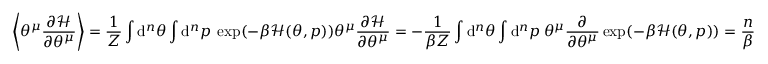
\left\langle \theta ^ { \mu } \frac { \partial \mathcal { H } } { \partial \theta ^ { \mu } } \right\rangle = \frac { 1 } { Z } \int \mathrm { d } ^ { n } \theta \int \mathrm { d } ^ { n } p \: \exp ( - \beta \mathcal { H } ( \theta , p ) ) \theta ^ { \mu } \frac { \partial \mathcal { H } } { \partial \theta ^ { \mu } } = - \frac { 1 } { \beta Z } \int \mathrm { d } ^ { n } \theta \int \mathrm { d } ^ { n } p \: \theta ^ { \mu } \frac { \partial } { \partial \theta ^ { \mu } } \exp ( - \beta \mathcal { H } ( \theta , p ) ) = \frac { n } { \beta }